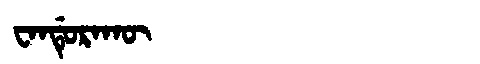
Manchu: ᠸᠠᠨᡩᡠᡵᠠᡴᡡ
Romanization: WANDURAKŪ